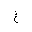
Letter: _gayn